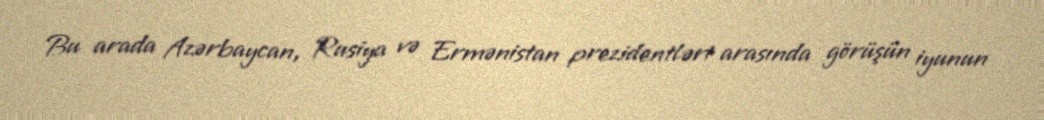
Bu arada Azərbaycan, Rusiya və Ermənistan prezidentləri arasında görüşün iyunun